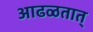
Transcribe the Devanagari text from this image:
आढळतात्